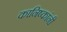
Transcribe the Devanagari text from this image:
कानिष्कांनी